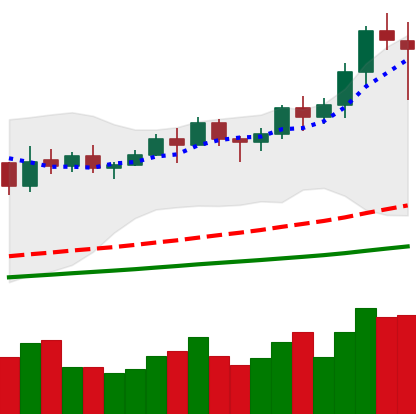
Ticker: LINK-USD
Chart end date: 2021-02-15
Forward return: 4.709%
Label: up_3_5